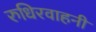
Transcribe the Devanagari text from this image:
रुधिरवाहनी